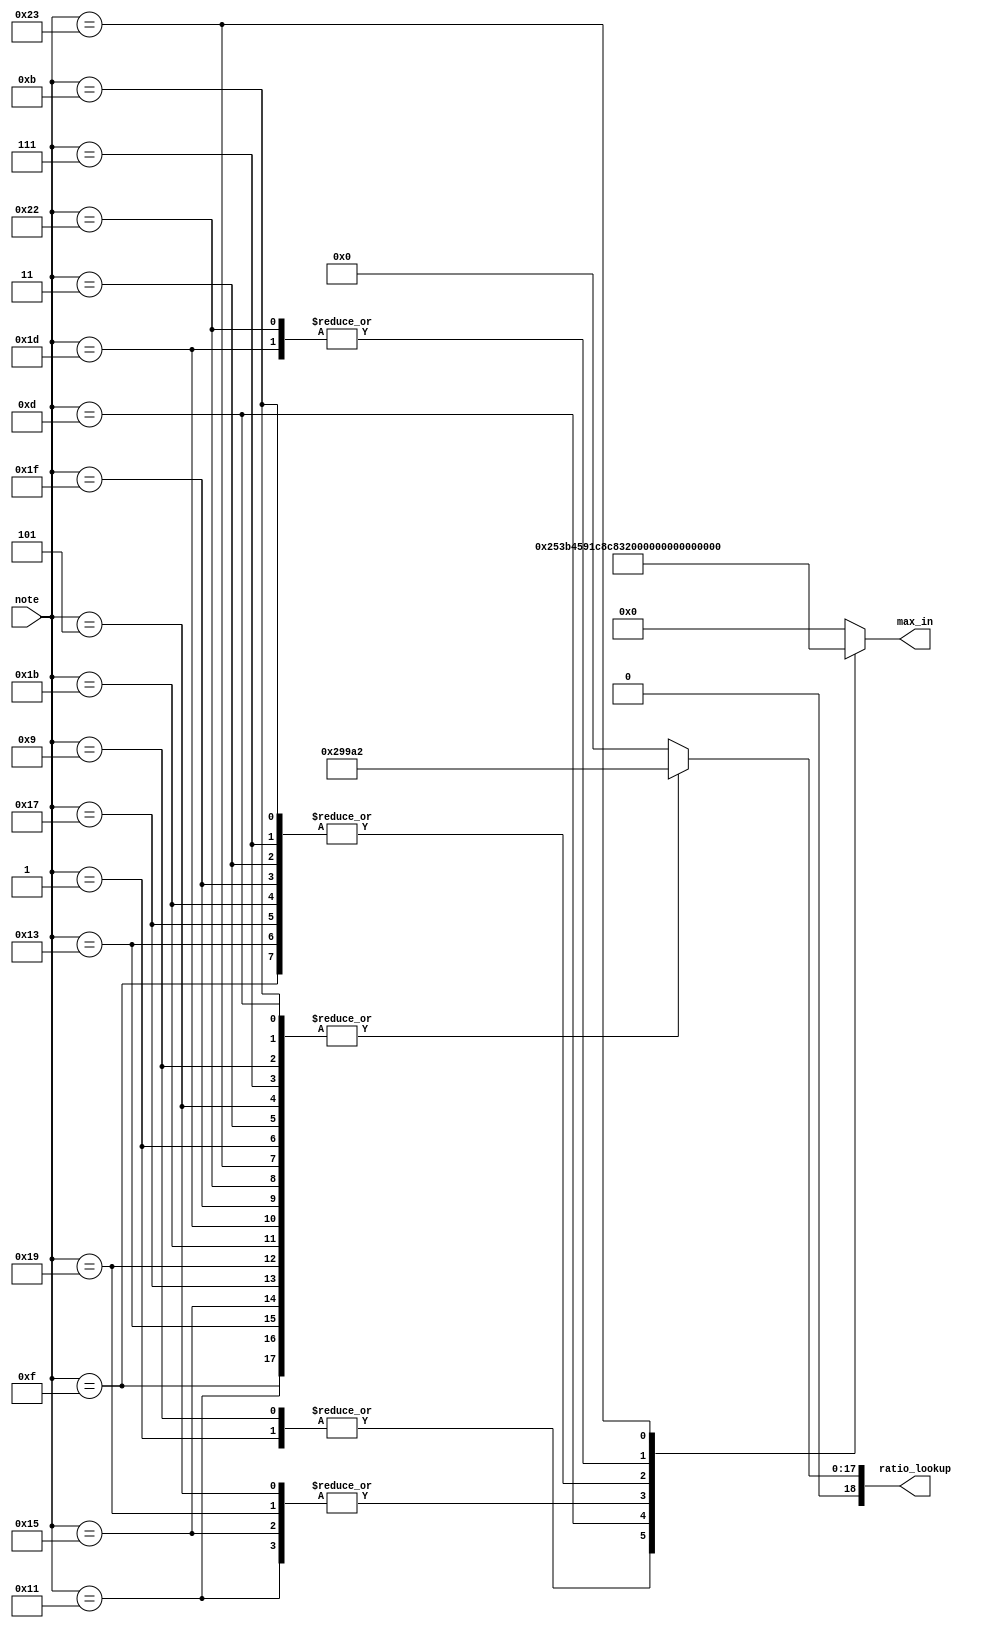
module t06_sound (
	note,
	max_in,
	ratio_lookup
);
	reg _sv2v_0;
	input wire [5:0] note;
	output reg [18:0] max_in;
	output reg [18:0] ratio_lookup;
	reg [18:0] max_inOFF = 19'd0;
	reg [18:0] goodSound = 19'd460000;
	reg [18:0] badSound = 19'd520000;
	reg [18:0] max_in0 = 19'd305000;
	reg [18:0] max_in1 = 19'd0;
	reg [18:0] max_in2 = 19'd482500;
	reg [18:0] max_in3 = 19'd0;
	reg [18:0] max_in4 = 19'd410000;
	reg [18:0] max_in5 = 19'd0;
	reg [18:0] max_in6 = 19'd482500;
	reg [18:0] max_in7 = 19'd0;
	reg [18:0] max_in8 = 19'd305000;
	reg [18:0] max_in9 = 19'd0;
	reg [18:0] max_in10 = 19'd482500;
	reg [18:0] max_in11 = 19'd0;
	reg [18:0] max_in12 = 19'd365000;
	reg [18:0] max_in13 = 19'd0;
	reg [18:0] max_in14 = 19'd482500;
	reg [18:0] max_in15 = 19'd0;
	reg [18:0] max_in16 = 19'd410000;
	reg [18:0] max_in17 = 19'd0;
	reg [18:0] max_in18 = 19'd482500;
	reg [18:0] max_in19 = 19'd0;
	reg [18:0] max_in20 = 19'd410000;
	reg [18:0] max_in21 = 19'd0;
	reg [18:0] max_in22 = 19'd482500;
	reg [18:0] max_in23 = 19'd0;
	reg [18:0] max_in24 = 19'd410000;
	reg [18:0] max_in25 = 19'd0;
	reg [18:0] max_in26 = 19'd482500;
	reg [18:0] max_in27 = 19'd0;
	reg [18:0] max_in28 = 19'd460000;
	reg [18:0] max_in29 = 19'd0;
	reg [18:0] max_in30 = 19'd482500;
	reg [18:0] max_in31 = 19'd0;
	reg [18:0] restArray = 19'd0;
	reg [18:0] soundArray = 19'd170402;
	always @(*) begin
		if (_sv2v_0)
			;
		case (note)
			6'd0: begin
				max_in = max_inOFF;
				ratio_lookup = restArray;
			end
			6'd1: begin
				max_in = max_in0;
				if (max_in == 0)
					ratio_lookup = restArray;
				else
					ratio_lookup = soundArray;
			end
			6'd2: begin
				max_in = max_in1;
				if (max_in == 0)
					ratio_lookup = restArray;
				else
					ratio_lookup = soundArray;
			end
			6'd3: begin
				max_in = max_in2;
				if (max_in == 0)
					ratio_lookup = restArray;
				else
					ratio_lookup = soundArray;
			end
			6'd4: begin
				max_in = max_in3;
				if (max_in == 0)
					ratio_lookup = restArray;
				else
					ratio_lookup = soundArray;
			end
			6'd5: begin
				max_in = max_in4;
				if (max_in == 0)
					ratio_lookup = restArray;
				else
					ratio_lookup = soundArray;
			end
			6'd6: begin
				max_in = max_in5;
				if (max_in == 0)
					ratio_lookup = restArray;
				else
					ratio_lookup = soundArray;
			end
			6'd7: begin
				max_in = max_in6;
				if (max_in == 0)
					ratio_lookup = restArray;
				else
					ratio_lookup = soundArray;
			end
			6'd8: begin
				max_in = max_in7;
				if (max_in == 0)
					ratio_lookup = restArray;
				else
					ratio_lookup = soundArray;
			end
			6'd9: begin
				max_in = max_in8;
				if (max_in == 0)
					ratio_lookup = restArray;
				else
					ratio_lookup = soundArray;
			end
			6'd10: begin
				max_in = max_in9;
				if (max_in == 0)
					ratio_lookup = restArray;
				else
					ratio_lookup = soundArray;
			end
			6'd11: begin
				max_in = max_in10;
				if (max_in == 0)
					ratio_lookup = restArray;
				else
					ratio_lookup = soundArray;
			end
			6'd12: begin
				max_in = max_in11;
				if (max_in == 0)
					ratio_lookup = restArray;
				else
					ratio_lookup = soundArray;
			end
			6'd13: begin
				max_in = max_in12;
				if (max_in == 0)
					ratio_lookup = restArray;
				else
					ratio_lookup = soundArray;
			end
			6'd14: begin
				max_in = max_in13;
				if (max_in == 0)
					ratio_lookup = restArray;
				else
					ratio_lookup = soundArray;
			end
			6'd15: begin
				max_in = max_in14;
				if (max_in == 0)
					ratio_lookup = restArray;
				else
					ratio_lookup = soundArray;
			end
			6'd16: begin
				max_in = max_in15;
				if (max_in == 0)
					ratio_lookup = restArray;
				else
					ratio_lookup = soundArray;
			end
			6'd17: begin
				max_in = max_in16;
				if (max_in == 0)
					ratio_lookup = restArray;
				else
					ratio_lookup = soundArray;
			end
			6'd18: begin
				max_in = max_in17;
				if (max_in == 0)
					ratio_lookup = restArray;
				else
					ratio_lookup = soundArray;
			end
			6'd19: begin
				max_in = max_in18;
				if (max_in == 0)
					ratio_lookup = restArray;
				else
					ratio_lookup = soundArray;
			end
			6'd20: begin
				max_in = max_in19;
				if (max_in == 0)
					ratio_lookup = restArray;
				else
					ratio_lookup = soundArray;
			end
			6'd21: begin
				max_in = max_in20;
				if (max_in == 0)
					ratio_lookup = restArray;
				else
					ratio_lookup = soundArray;
			end
			6'd22: begin
				max_in = max_in21;
				if (max_in == 0)
					ratio_lookup = restArray;
				else
					ratio_lookup = soundArray;
			end
			6'd23: begin
				max_in = max_in22;
				if (max_in == 0)
					ratio_lookup = restArray;
				else
					ratio_lookup = soundArray;
			end
			6'd24: begin
				max_in = max_in23;
				if (max_in == 0)
					ratio_lookup = restArray;
				else
					ratio_lookup = soundArray;
			end
			6'd25: begin
				max_in = max_in24;
				if (max_in == 0)
					ratio_lookup = restArray;
				else
					ratio_lookup = soundArray;
			end
			6'd26: begin
				max_in = max_in25;
				if (max_in == 0)
					ratio_lookup = restArray;
				else
					ratio_lookup = soundArray;
			end
			6'd27: begin
				max_in = max_in26;
				if (max_in == 0)
					ratio_lookup = restArray;
				else
					ratio_lookup = soundArray;
			end
			6'd28: begin
				max_in = max_in27;
				if (max_in == 0)
					ratio_lookup = restArray;
				else
					ratio_lookup = soundArray;
			end
			6'd29: begin
				max_in = max_in28;
				if (max_in == 0)
					ratio_lookup = restArray;
				else
					ratio_lookup = soundArray;
			end
			6'd30: begin
				max_in = max_in29;
				if (max_in == 0)
					ratio_lookup = restArray;
				else
					ratio_lookup = soundArray;
			end
			6'd31: begin
				max_in = max_in30;
				if (max_in == 0)
					ratio_lookup = restArray;
				else
					ratio_lookup = soundArray;
			end
			6'd32: begin
				max_in = max_in31;
				if (max_in == 0)
					ratio_lookup = restArray;
				else
					ratio_lookup = soundArray;
			end
			6'd34: begin
				max_in = goodSound;
				if (max_in == 0)
					ratio_lookup = restArray;
				else
					ratio_lookup = soundArray;
			end
			6'd35: begin
				max_in = badSound;
				if (max_in == 0)
					ratio_lookup = restArray;
				else
					ratio_lookup = soundArray;
			end
			default: begin
				max_in = max_inOFF;
				if (max_in == 0)
					ratio_lookup = restArray;
				else
					ratio_lookup = soundArray;
			end
		endcase
	end
	initial _sv2v_0 = 0;
endmodule